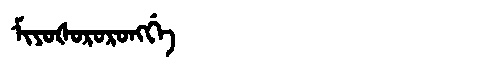
Manchu: ᠮᡳᠶᠣᡧᠣᡵᠣᡵᠣᠩᡤᡝ
Romanization: MIYOŠORORONGGE